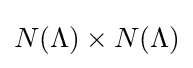
N(\Lambda )\times N(\Lambda )